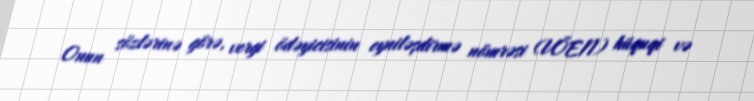
Onun sözlərinə görə, vergi ödəyicisinin eyniləşdirmə nömrəsi (VÖEN) hüquqi və